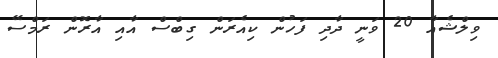
ވިލްޝެއާ 20 ވަނީ ދާދި ފަހުން ކިއެރަން ގިބްސް އާއި އާރޮން ރަމްސޭ